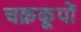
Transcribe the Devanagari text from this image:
चक्रकूपों